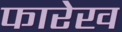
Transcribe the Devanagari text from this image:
फारेख